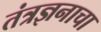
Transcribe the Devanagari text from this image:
तंत्रज्ञनाचा